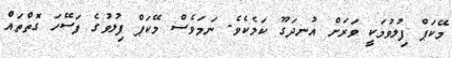
މޭކަޕް ފިލުވުމަކީ ވަރަށް އުނދަގޫ ކަމެކެވެ. ނަމަވެސް މޭކަޕް ފިލުވުގެ ފަސޭހަ ގޮތްތައް